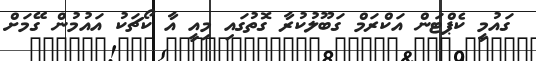
ގައުމީ ކެޕްޓަން އަކްރަމް ގަބޫލުކުރާ ގޮތުގައި މިއީ އާ ކޯޗަކު އައުމުން ގޭމަށް